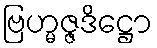
ဗြဟ္မဇ္ဇဒိဋ္ဌော